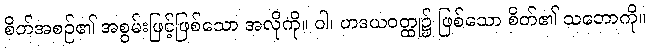
စိတ်အစဉ်၏ အစွမ်းဖြင့်ဖြစ်သော အလိုကို။ ဝါ၊ ဟဒယဝတ္ထု၌ ဖြစ်သော စိတ်၏ သဘောကို။